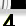
Digit: 4